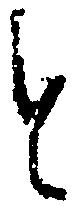
と